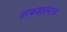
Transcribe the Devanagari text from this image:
नरकयातनाच